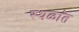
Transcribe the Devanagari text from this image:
स्थळांत